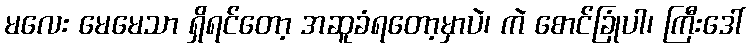
မလေး မေမေသာ ရှိရင်တော့ အဆူခံရတော့မှာပဲ၊ ကဲ စောင်ခြုံပါ၊ ကြီးဒေါ်